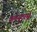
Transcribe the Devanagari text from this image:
कम्प्यूटरसे